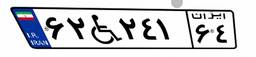
۶۲W۲۴۱۶۴